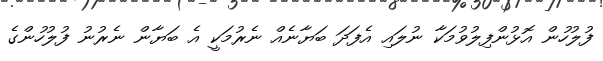
ފުލުހުން އޮޅުންފިލުވުމަކާ ނުލައި އެފަދަ ބަޔާނެއް ނެރުމަކީ އެ ބަޔާން ނެރުނު ފުލުހުންގެ